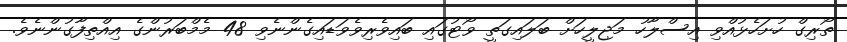
ތޯރިގް ހުށަހެޅުއްވި އިސްލާހު މަޖިލީހަށް ބަލައިގަތީ ވޯޓުގައި ބައިވެރިވެވަޑައިގެންނެވި 48 މެމްބަރުންގެ އިއްތިފާގުންނެވެ.